Annual statistical returns and brief notes on vaccination in Bengal - 1896-1909
Year: 1896
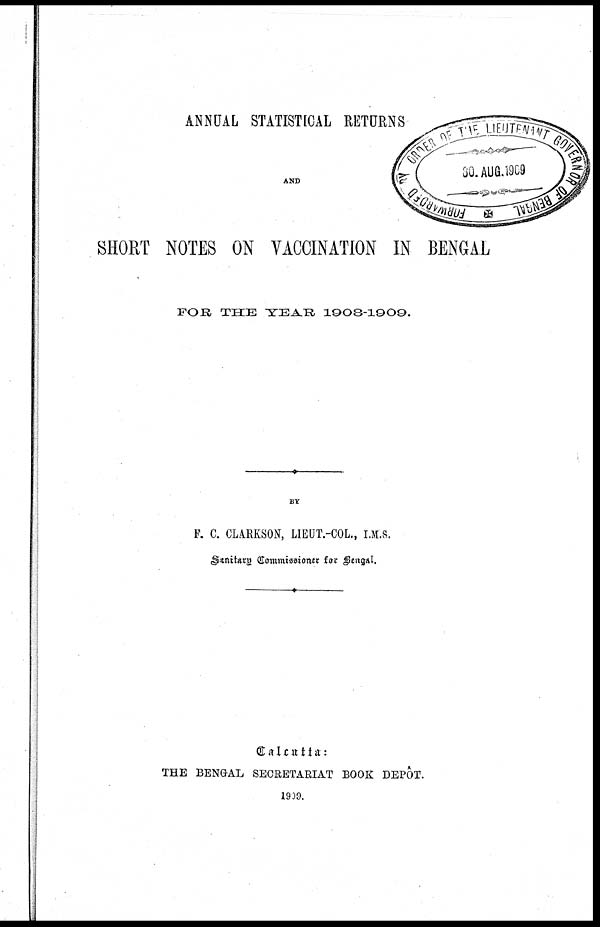
ANNUAL STATISTICAL RETURNS
AND
SHORT NOTES ON VACCINATION IN BENGAL
FOR THE YEAR 1908-1909.
BY
F. C. CLARKSON, LIEUT.-COL., I.M.S.
Sanitary Commissioner for Bengal.
Calcutta:
THE BENGAL SECRETARIAT BOOK DEPÔT.
1909.